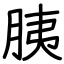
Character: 胰